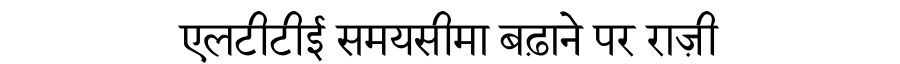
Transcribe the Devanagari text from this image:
एलटीटीई समयसीमा बढ़ाने पर राज़ी